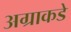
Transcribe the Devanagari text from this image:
अग्राकडे